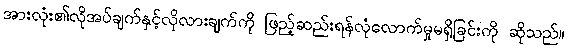
အားလုံး၏လိုအပ်ချက်နှင့်လိုလားချက်ကို ဖြည့်ဆည်းရန်လုံလောက်မှုမရှိခြင်းကို ဆိုသည်။